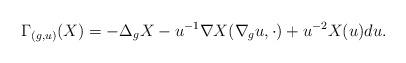
LaTeX: \begin{align*} \Gamma_{(g, u)} (X)= -\Delta_g X - u^{-1} \nabla X(\nabla_g u,\cdot) + u^{-2} X(u) du.\end{align*}